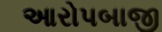
આરોપબાજી